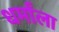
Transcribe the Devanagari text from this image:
धर्मांला